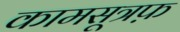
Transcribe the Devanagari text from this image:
कामसूत्रफ़